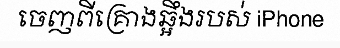
ចេញពីគ្រោងឆ្អឹងរបស់ iPhone